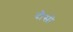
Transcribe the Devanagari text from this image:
दौसी